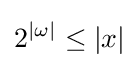
2^{|\omega |}\leq |x|